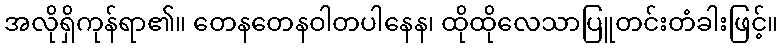
အလိုရှိကုန်ရာ၏။ တေနတေနဝါတပါနေန၊ ထိုထိုလေသာပြူတင်းတံခါးဖြင့်။